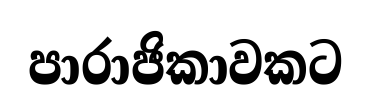
පාරාජිකාවකට